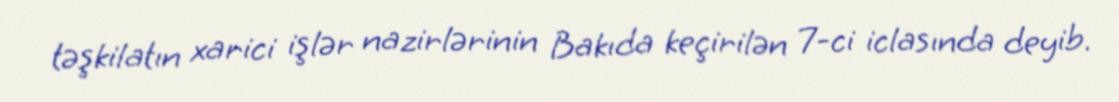
təşkilatın xarici işlər nazirlərinin Bakıda keçirilən 7-ci iclasında deyib.